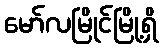
မော်လမြိုင်မြို့ရှိ